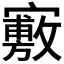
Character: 𡫣